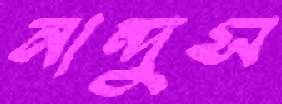
নান্দুস